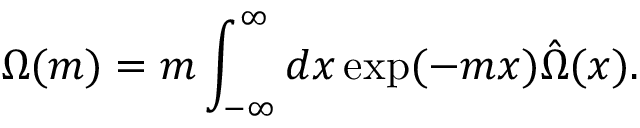
\Omega ( m ) = m \int _ { - \infty } ^ { \infty } d x \exp ( - m x ) \hat { \Omega } ( x ) .